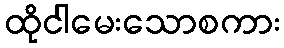
ထိုငါမေးသောစကား